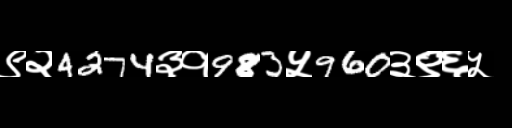
Text: ९२4274३१983५960३९६५